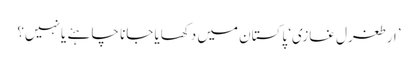
’ارطغرل غازی‘ پاکستان میں دکھایا جانا چاہئے یا نہیں؟